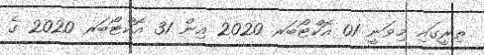
ތިރީގައި މިވަނީ 01 އޮކްޓޯބަރ 2020 އިން 31 އޮކްޓޯބަރ 2020 ގެ